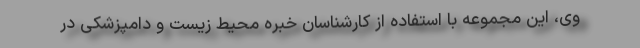
وی، این مجموعه با استفاده از کارشناسان خبره محیط زیست و دامپزشکی در